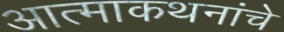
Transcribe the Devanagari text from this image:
आत्माकथनांचे